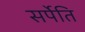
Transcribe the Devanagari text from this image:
सर्पेति